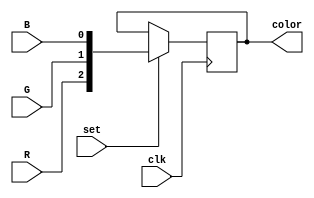
module f1_key_processor (input wire R,
input wire G,
input wire B,
input wire set,
input wire clk,
output reg [2:0] color
);


// key processor and display processor

initial begin
	color = 3'b000;
end

always @(posedge clk)
begin
	if (set)
	begin
		color <= {R,G,B};
	end
end

endmodule